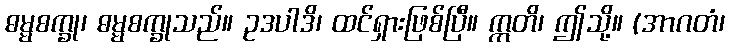
ဓမ္မစက္ခု၊ ဓမ္မစက္ခုသည်။ ဥဒပါဒိ၊ ထင်ရှားဖြစ်ပြီ။ ဣတိ၊ ဤသို့။ (အာဂတံ၊